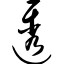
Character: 透